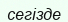
сегізде